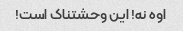
اوه نه! این وحشتناک است!